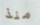
منذ